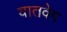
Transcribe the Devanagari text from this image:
वातवेग